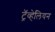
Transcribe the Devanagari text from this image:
ट्रॅव्हेलियन